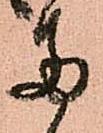
両